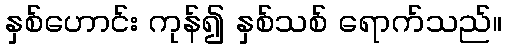
နှစ်ဟောင်း ကုန်၍ နှစ်သစ် ရောက်သည်။